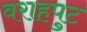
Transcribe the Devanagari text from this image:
वराहपुट